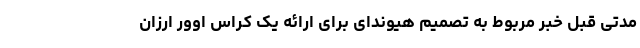
مدتی قبل خبر مربوط به تصمیم هیوندای برای ارائه یک کراس اوور ارزان